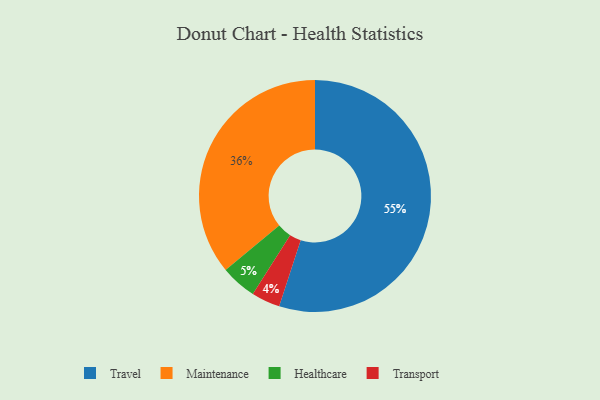
{"axis": {"x": "Category", "y": "Percentage"}, "legend": ["Healthcare", "Maintenance", "Transport", "Travel"], "data": [{"x": "Maintenance", "y": 36, "type": "Maintenance"}, {"x": "Travel", "y": 55, "type": "Travel"}, {"x": "Healthcare", "y": 5, "type": "Healthcare"}, {"x": "Transport", "y": 4, "type": "Transport"}]}